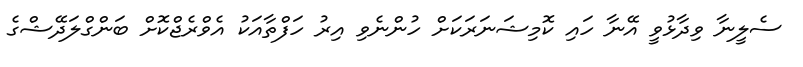
ސެލީނާ ވިދާޅުވީ އޭނާ ހައި ކޮމިޝަނަރަކަށް ހުންނެވި އިރު ހަފްތާއަކު އެވްރެޖްކޮށް ބަންގްލަދޭޝްގެ